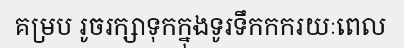
គម្រប រូចរក្សាទុកក្នុងទូរទឹកកករយៈពេល